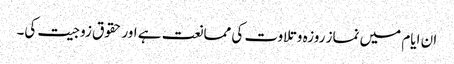
ان ایام میں نماز روزہ وتلاوت کی ممانعت ہے اور حقوق زوجیت کی۔